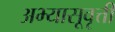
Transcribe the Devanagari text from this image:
अभ्यासूवृत्ती